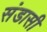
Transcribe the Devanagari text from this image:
संडासी